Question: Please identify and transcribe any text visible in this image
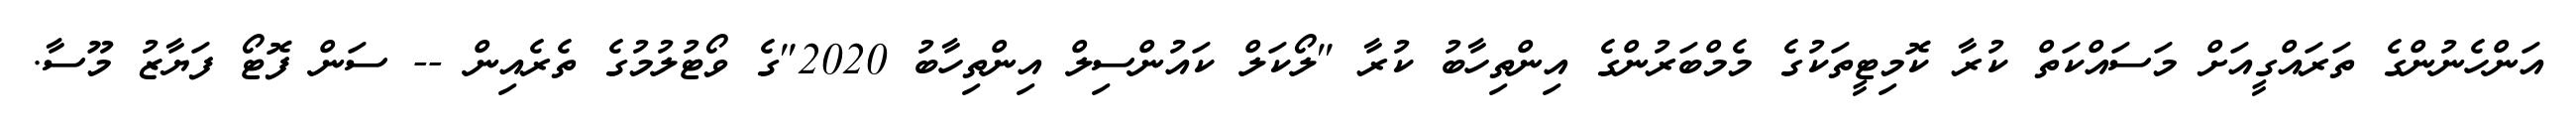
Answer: އަންހެނުންގެ ތަރައްގީއަށް މަސައްކަތް ކުރާ ކޮމިޓީތަކުގެ މެމްބަރުންގެ އިންތިހާބު ކުރާ "ލޯކަލް ކައުންސިލް އިންތިހާބު 2020"ގެ ވޯޓުލުމުގެ ތެރެއިން -- ސަން ފޮޓޯ ފަޔާޒު މޫސާ.